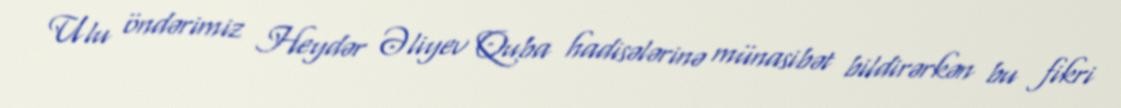
Ulu öndərimiz Heydər Əliyev Quba hadisələrinə münasibət bildirərkən bu fikri